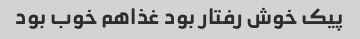
پیک خوش رفتار بود غذاهم خوب بود